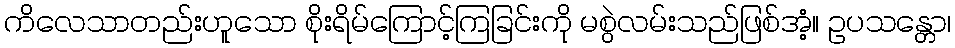
ကိလေသာတည်းဟူသော စိုးရိမ်ကြောင့်ကြခြင်းကို မစွဲလမ်းသည်ဖြစ်အံ့။ ဥပသန္တော၊